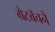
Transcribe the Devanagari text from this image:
ग्रेटबॅचने